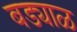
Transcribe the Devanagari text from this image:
बड्याळ